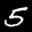
Label: 5